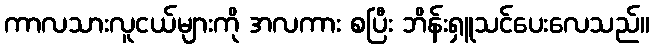
ကာလသားလူငယ်များကို အလကား စပြီး ဘိန်းရှူသင်ပေးလေသည်။